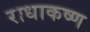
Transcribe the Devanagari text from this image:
राधाकष्‍ण